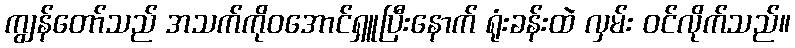
ကျွန်တော်သည် အသက်ကိုဝအောင်ရှူပြီးနောက် ရုံးခန်းထဲ လှမ်း ဝင်လိုက်သည်။